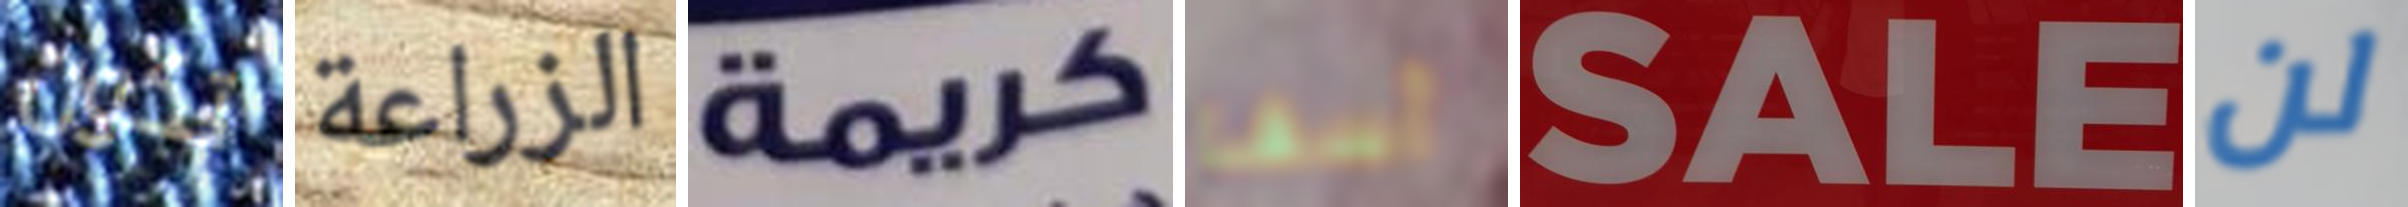
تكون الزراعة كريمة آسف SALE لن